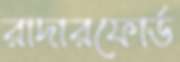
রাদারফোর্ড